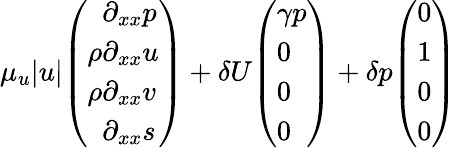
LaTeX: \mu_{u}|u|\begin{array}{l}{\left(\begin{array}{l}{\phantom{\rho}\partial_{xx}p}\\ {\rho\partial_{xx}u}\\ {\rho\partial_{xx}v}\\ {\phantom{\rho}\partial_{xx}s}\end{array}\right)}\end{array}+\delta U\begin{array}{l}{\left(\begin{array}{l}{\gamma p}\\ {0}\\ {0}\\ {0}\end{array}\right)}\end{array}+\delta p\begin{array}{l}{\left(\begin{array}{l}{0}\\ {1}\\ {0}\\ {0}\end{array}\right)}\end{array}